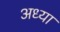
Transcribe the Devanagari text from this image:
अध्या